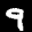
Label: 9